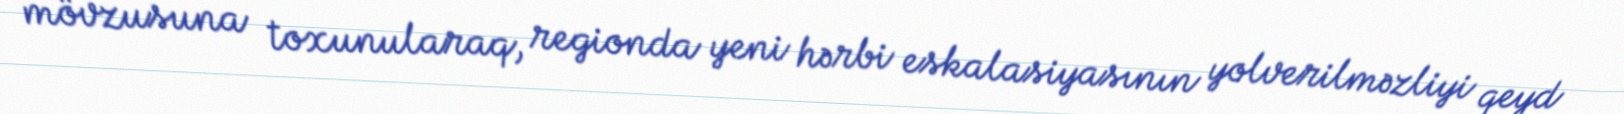
mövzusuna toxunularaq, regionda yeni hərbi eskalasiyasının yolverilməzliyi qeyd